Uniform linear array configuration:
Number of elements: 8
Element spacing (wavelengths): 0.25
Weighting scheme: exponential
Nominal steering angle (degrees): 0
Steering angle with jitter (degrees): -1.5
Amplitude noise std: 0.05
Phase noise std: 0.05

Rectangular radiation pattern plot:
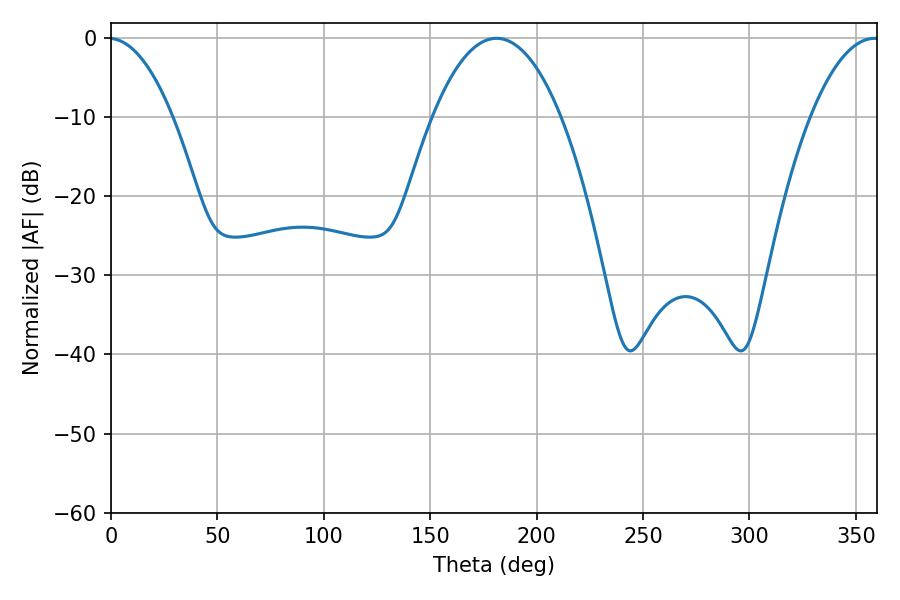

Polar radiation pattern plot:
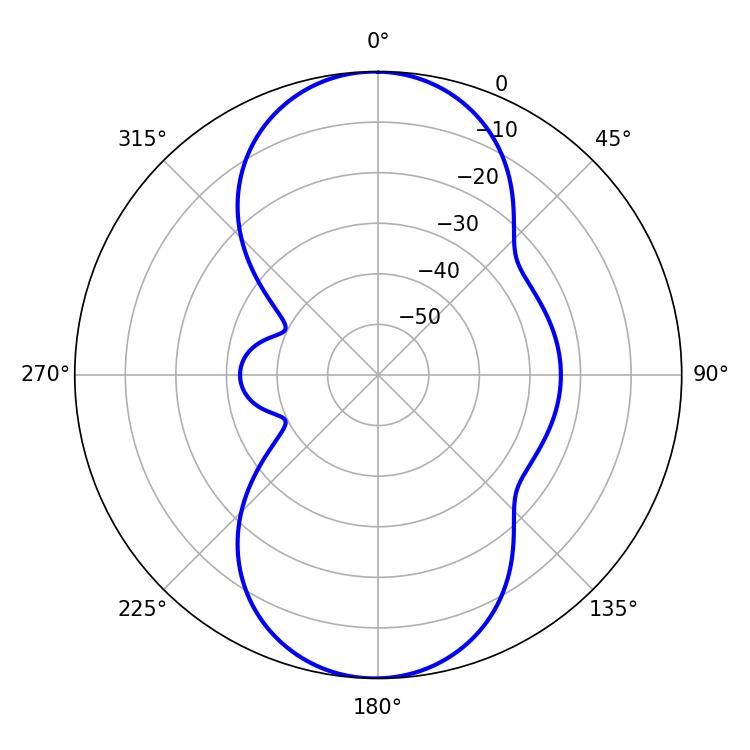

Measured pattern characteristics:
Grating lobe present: FALSE
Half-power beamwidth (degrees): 33.3
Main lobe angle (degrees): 181.08